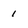
Character: 1